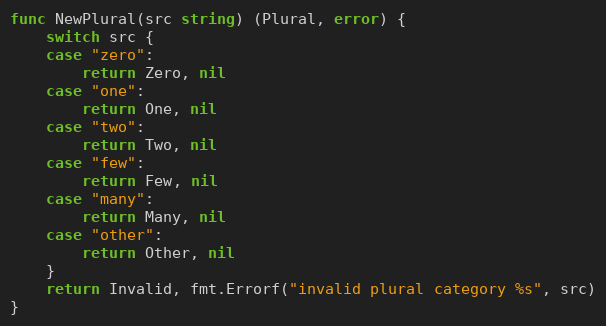
Language: Go
func NewPlural(src string) (Plural, error) {
	switch src {
	case "zero":
		return Zero, nil
	case "one":
		return One, nil
	case "two":
		return Two, nil
	case "few":
		return Few, nil
	case "many":
		return Many, nil
	case "other":
		return Other, nil
	}
	return Invalid, fmt.Errorf("invalid plural category %s", src)
}